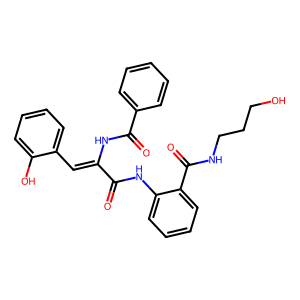
SMILES: O=C(Nc1ccccc1C(=O)NCCCO)C(=Cc1ccccc1O)NC(=O)c1ccccc1
Inhibits HIV replication: No